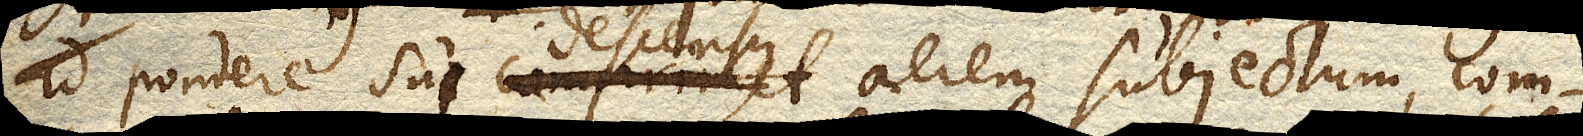
pondere sui descensus aerem subjectum, com–